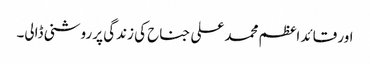
اور قائد اعظم محمد علی جناح کی زندگی پر روشنی ڈالی۔